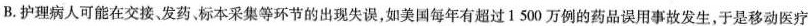
B.护理病人可能在交接、发药，标本采集等环节的出现失误，如美国每年有超过1500万例的药品误用事故发生，于是移动医疗